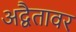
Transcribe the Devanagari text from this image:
अद्वैतावर